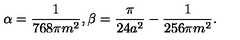
\alpha = \frac { 1 } { 7 6 8 \pi m ^ { 2 } } , \beta = \frac { \pi } { 2 4 a ^ { 2 } } - \frac { 1 } { 2 5 6 \pi m ^ { 2 } } .